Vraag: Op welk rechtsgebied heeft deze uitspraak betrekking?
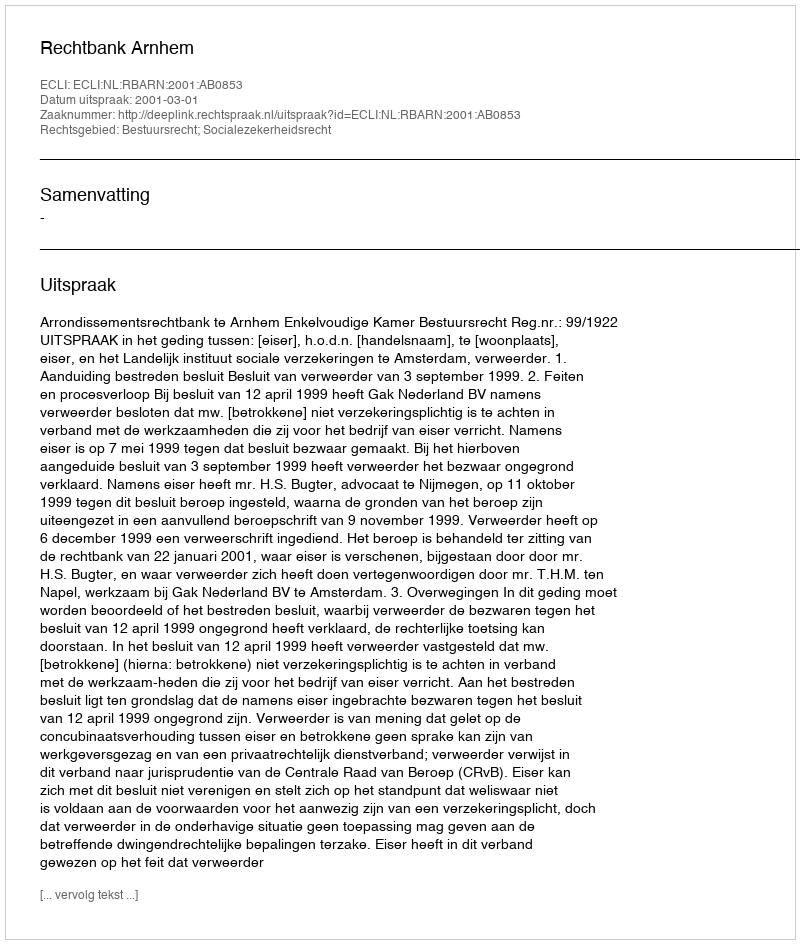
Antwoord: Bestuursrecht; Socialezekerheidsrecht